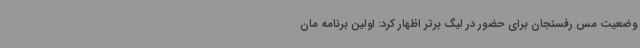
وضعیت مس رفسنجان برای حضور در لیگ برتر اظهار کرد: اولین برنامه مان